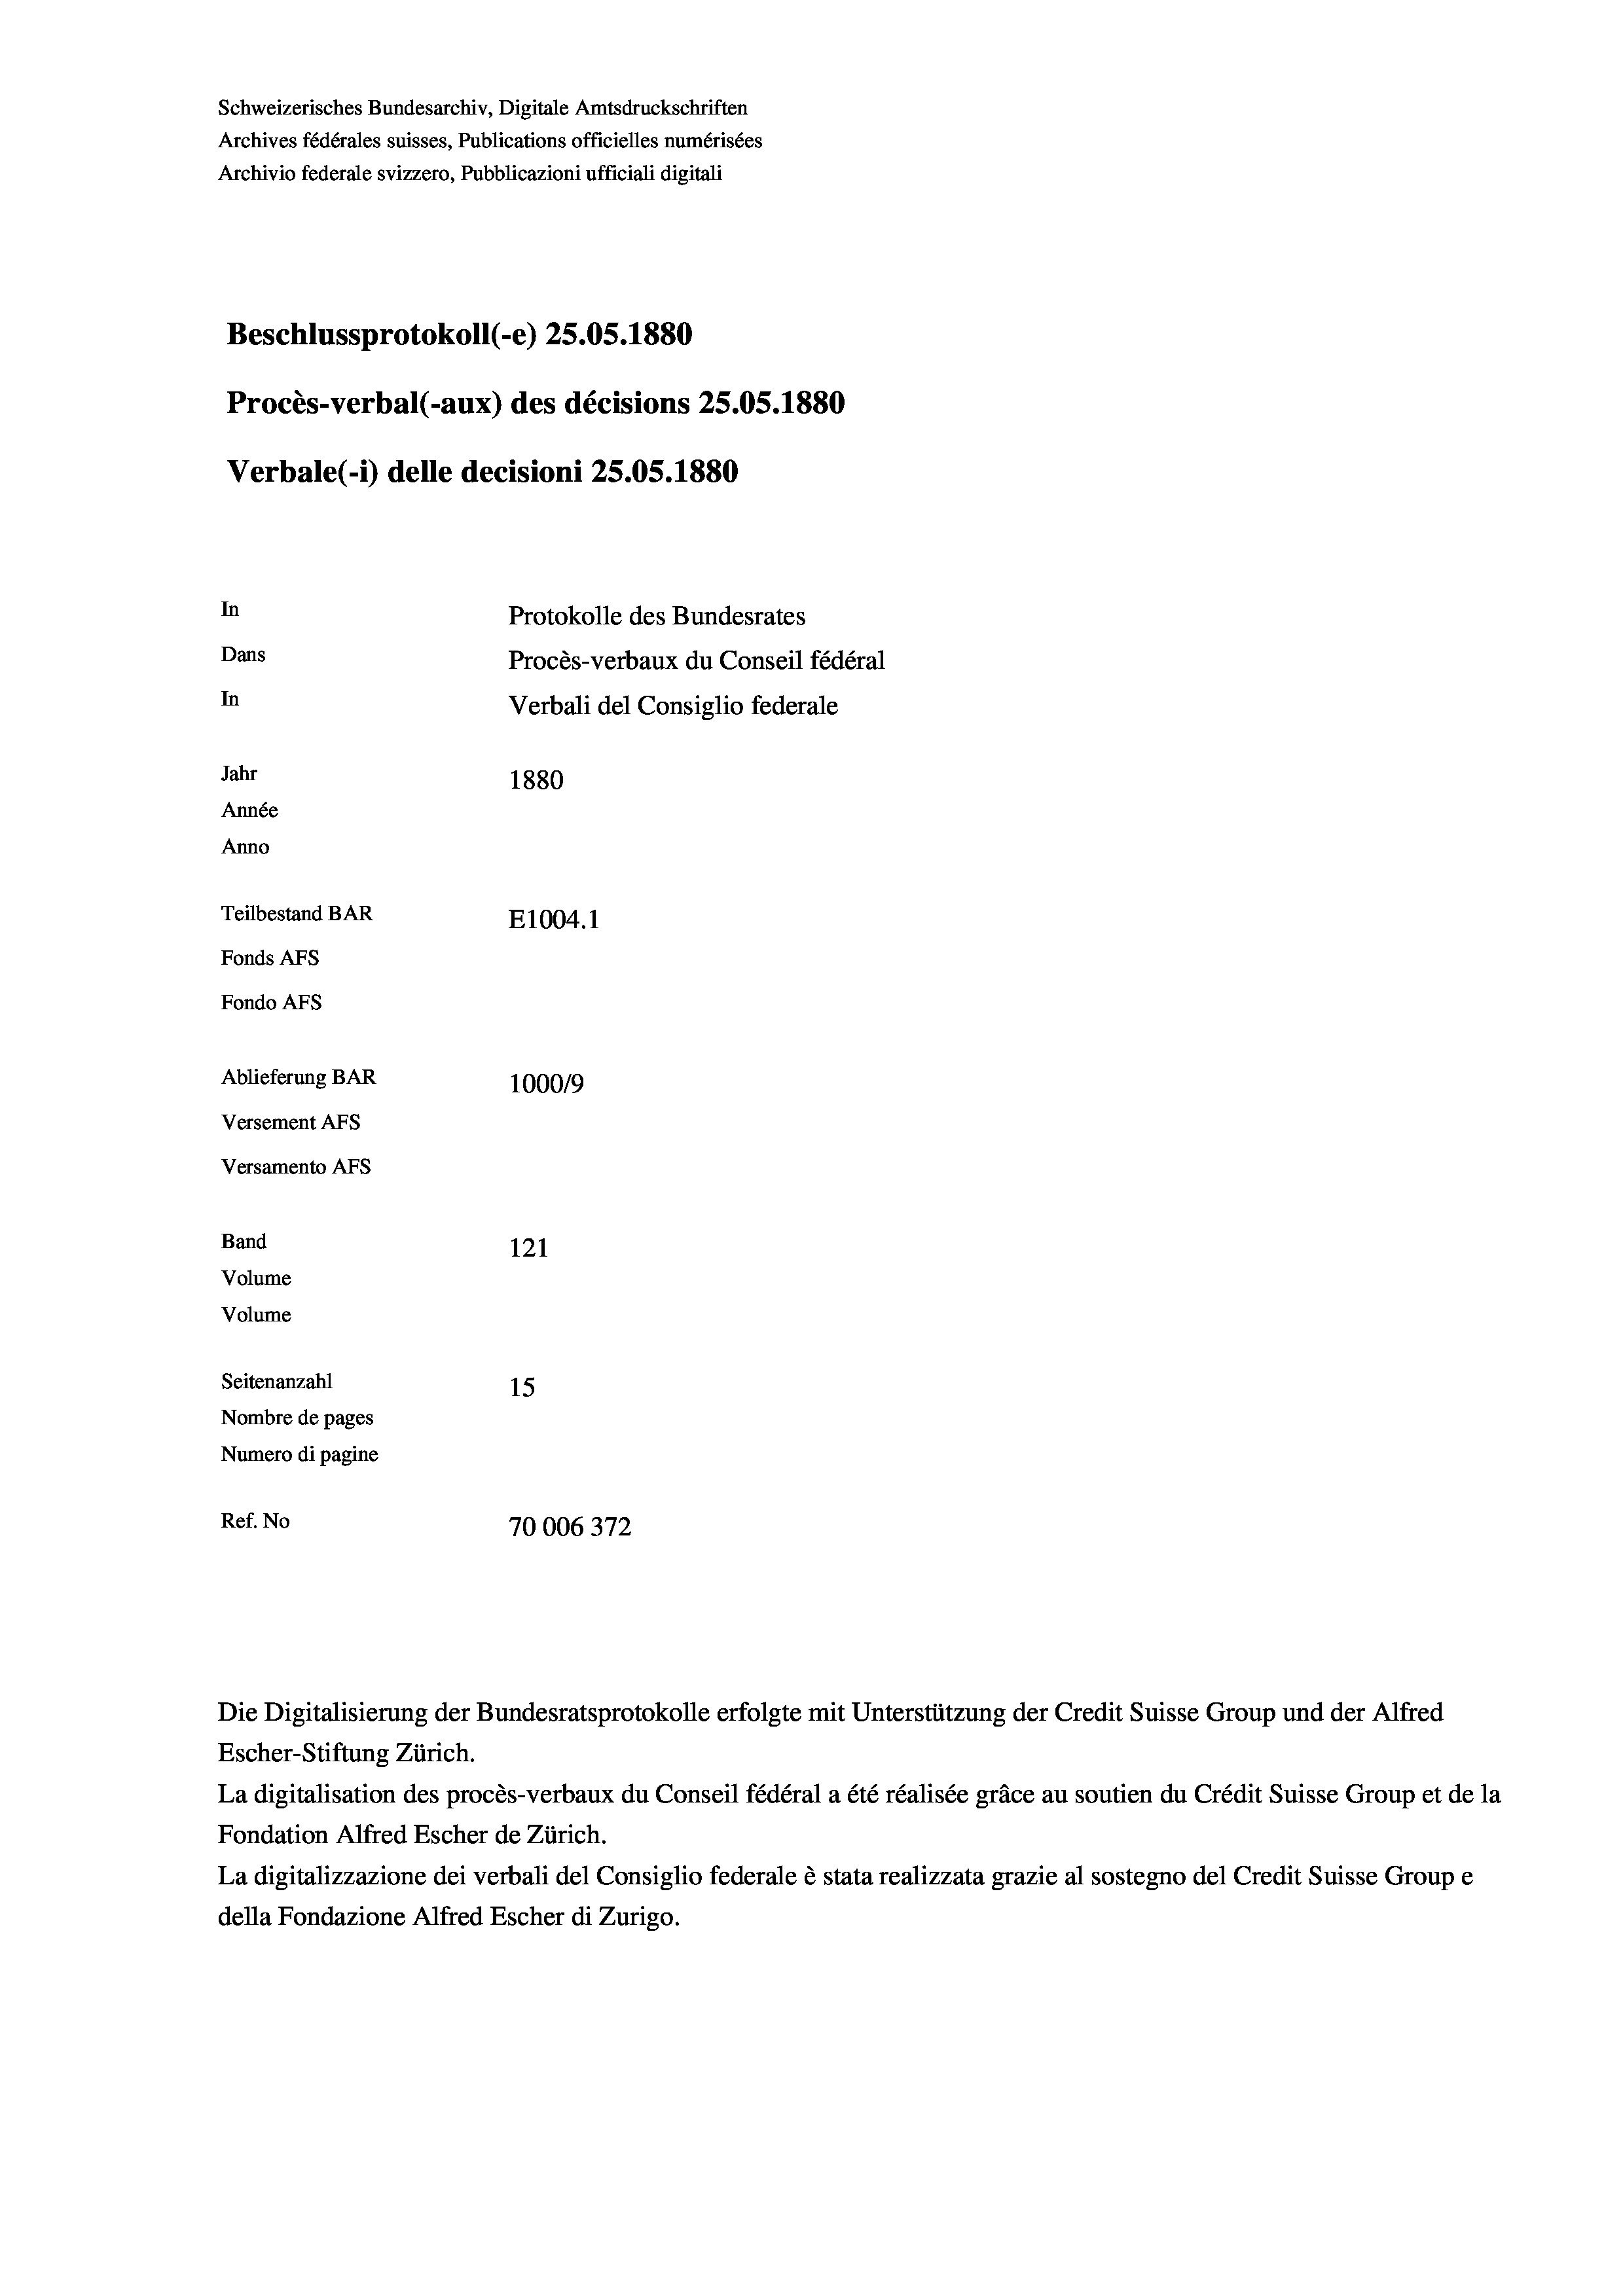
Schweizerisches Bundesarchiv, Digitale Amtsdruckschriften
Archives fédérales suisses, Publications officielles numérisées
Archivio federale svizzero, Pubblicazioni ufficiali digitali
Beschlussprotokoll (-e) 25.05. 1880
Procès-verbal (-aux) des décisions 25.05. 1880
Verbale(-*) delle decisioni 25.05. 1880
In
Protokolle des Bundesrates
Dans
Procès-verbaux du Conseil fédéral
In
Verbali del Consiglio federale
Jahr
1880
Année
Anno
Teilbestand BAR
E1004.1
Fonds AFs
Fondo AFs
Ablieferung BAR
1000/9
Versement Abs
Versamento AFs
Band
121
Volume
Volume
Seitenanzahl
15
Nombre de pages
Numero di pagine
Ref. No
70006372

Escher-Stiftung Zürich.
La digitalisation des procès-verbaux du Conseil fédéral a été réalisée gräce au soutien du Crédit Suisse Group et de la
Fondation Alfred Escher de Zürich.
La digitalizzazione dei verbali del Consiglio federale è stata realizzata grazie al sostegno del Credit Suisse Groupe
della Fondazione Alfred Escher di Zurigo.

Die Digitalisierung der Bundesratsprotokolle erfolgte mit Unterstützung der Credit Suisse Group und der Alfred